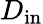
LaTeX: D_{\mathrm{in}}